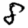
Digit: 8